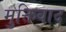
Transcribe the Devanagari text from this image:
मुक्तिवाद